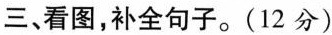
三、看图,补全句子。(12 分)